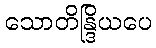
သောတိန္ဒြိယပေ